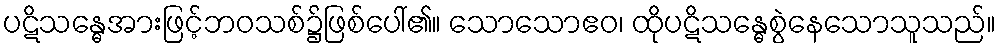
ပဋိသန္ဓေအားဖြင့်ဘဝသစ်၌ဖြစ်ပေါ်၏။ သောသောဧဝ၊ ထိုပဋိသန္ဓေစွဲနေသောသူသည်။